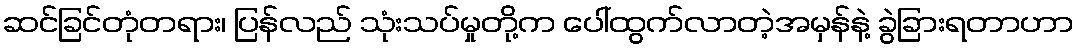
ဆင်ခြင်တုံတရား၊ ပြန်လည် သုံးသပ်မှုတို့က ပေါ်ထွက်လာတဲ့အမှန်နဲ့ ခွဲခြားရတာဟာ